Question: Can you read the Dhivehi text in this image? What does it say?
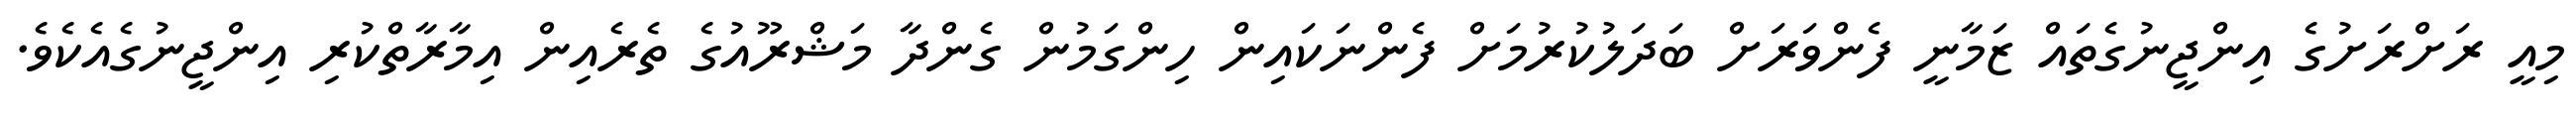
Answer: މިއީ ރަށްރަށުގެ އިންޖީނުގެތައް ޒަމާނީ ފެންވަރަށް ބަދަލުކުރުމަށް ފެންނަކައިން ހިންގަމުން ގެންދާ މަޝްރޫއުގެ ތެރެއިން އިމާރާތްކުރި އިންޖީނުގެއެކެވެ.